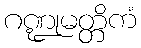
ဂဏ္ဍုမတ္တိကံ